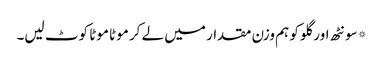
*سونٹھ اور گلو کو ہم وزن مقدار میں لے کر موٹا موٹا کوٹ لیں۔